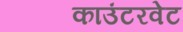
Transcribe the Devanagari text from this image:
काउंटरवेट